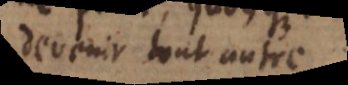
devenir tout autre.